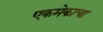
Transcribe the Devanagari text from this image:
एकमेकाचा